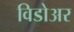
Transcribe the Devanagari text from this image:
विडोअर